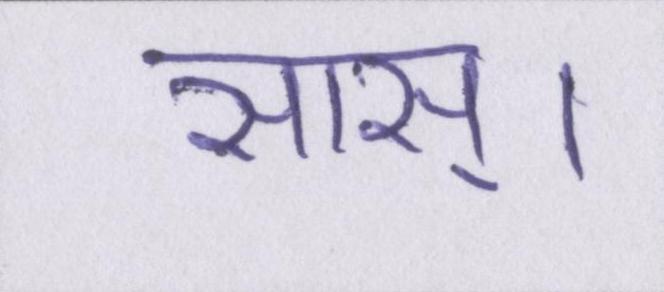
सास्।